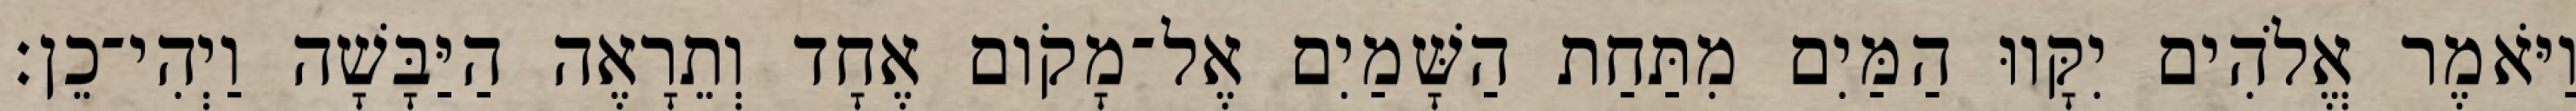
וַיֹּאמֶר אֱלֹהִים יִקָּווּ הַמַּיִם מִתַּחַת הַשָּׁמַיִם אֶל־מָקֹום אֶחָד וְתֵרָאֶה הַיַּבָּשָׁה וַיְהִי־כֵן׃